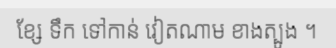
ខ្សែ ទឹក ទៅកាន់ វៀតណាម ខាងត្បូង ។